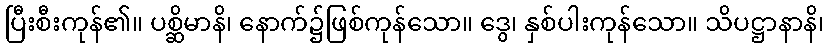
ပြီးစီးကုန်၏။ ပစ္ဆိမာနိ၊ နောက်၌ဖြစ်ကုန်သော။ ဒွေ၊ နှစ်ပါးကုန်သော။ သိပဋ္ဌာနာနိ၊